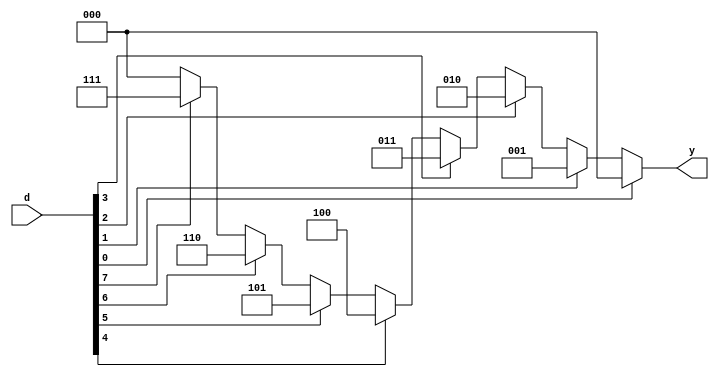
module priority_encoder(input [7:0] d,output reg [2:0] y);
  always@(*)
    begin
      casez(d)
        8'bzzzzzzz1:y=3'h0;
        8'bzzzzzz1z:y=3'h1;
        8'bzzzzz1zz:y=3'h2;
        8'bzzzz1zzz:y=3'd3;
        8'bzzz1zzzz:y=3'd4;
        8'bzz1zzzzz:y=3'd5;
        8'bz1zzzzzz:y=3'd6;
        8'b1zzzzzzz:y=3'd7;
        default:y=3'd0;
      endcase
    end
endmodule